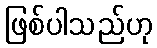
ဖြစ်ပါသည်ဟု